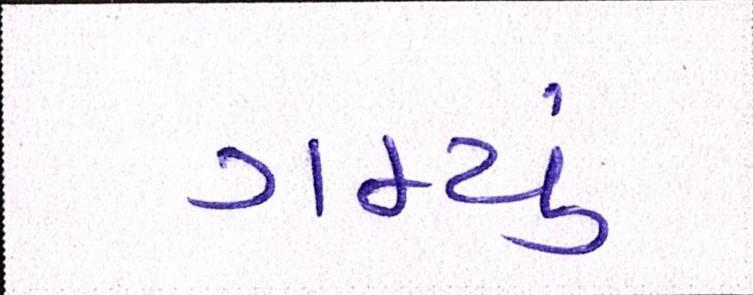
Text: ગમ્યું